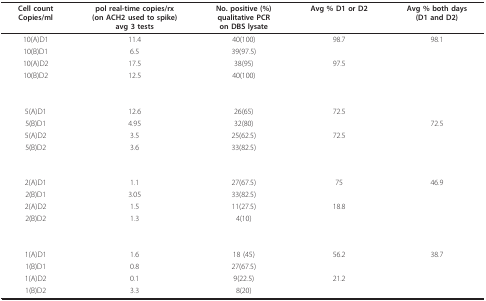
<table><thead><tr><td><b>Cell countCopies/ml</b></td><td><b>pol real-time copies/rx(on ACH2 used to spike)avg 3 tests</b></td><td><b>No. positive (%)qualitative PCRon DBS lysate</b></td><td><b>Avg % D1 or D2</b></td><td><b>Avg % both days(D1 and D2)</b></td></tr></thead><tbody><tr><td>10(A)D1</td><td>11.4</td><td>40(100)</td><td>98.7</td><td>98.1</td></tr><tr><td>10(B)D1</td><td>6.5</td><td>39(97.5)</td><td></td><td></td></tr><tr><td>10(A)D2</td><td>17.5</td><td>38(95)</td><td>97.5</td><td></td></tr><tr><td>10(B)D2</td><td>12.5</td><td>40(100)</td><td></td><td></td></tr><tr><td>5(A)D1</td><td>12.6</td><td>26(65)</td><td>72.5</td><td></td></tr><tr><td>5(B)D1</td><td>4.95</td><td>32(80)</td><td></td><td>72.5</td></tr><tr><td>5(A)D2</td><td>3.5</td><td>25(62.5)</td><td>72.5</td><td></td></tr><tr><td>5(B)D2</td><td>3.6</td><td>33(82.5)</td><td></td><td></td></tr><tr><td>2(A)D1</td><td>1.1</td><td>27(67.5)</td><td>75</td><td>46.9</td></tr><tr><td>2(B)D1</td><td>3.05</td><td>33(82.5)</td><td></td><td></td></tr><tr><td>2(A)D2</td><td>1.5</td><td>11(27.5)</td><td>18.8</td><td></td></tr><tr><td>2(B)D2</td><td>1.3</td><td>4(10)</td><td></td><td></td></tr><tr><td>1(A)D1</td><td>1.6</td><td>18 (45)</td><td>56.2</td><td>38.7</td></tr><tr><td>1(B)D1</td><td>0.8</td><td>27(67.5)</td><td></td><td></td></tr><tr><td>1(A)D2</td><td>0.1</td><td>9(22.5)</td><td>21.2</td><td></td></tr><tr><td>1(B)D2</td><td>3.3</td><td>8(20)</td><td></td><td></td></tr></tbody></table>